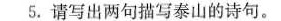
5.请写出两句描写泰山的诗句。